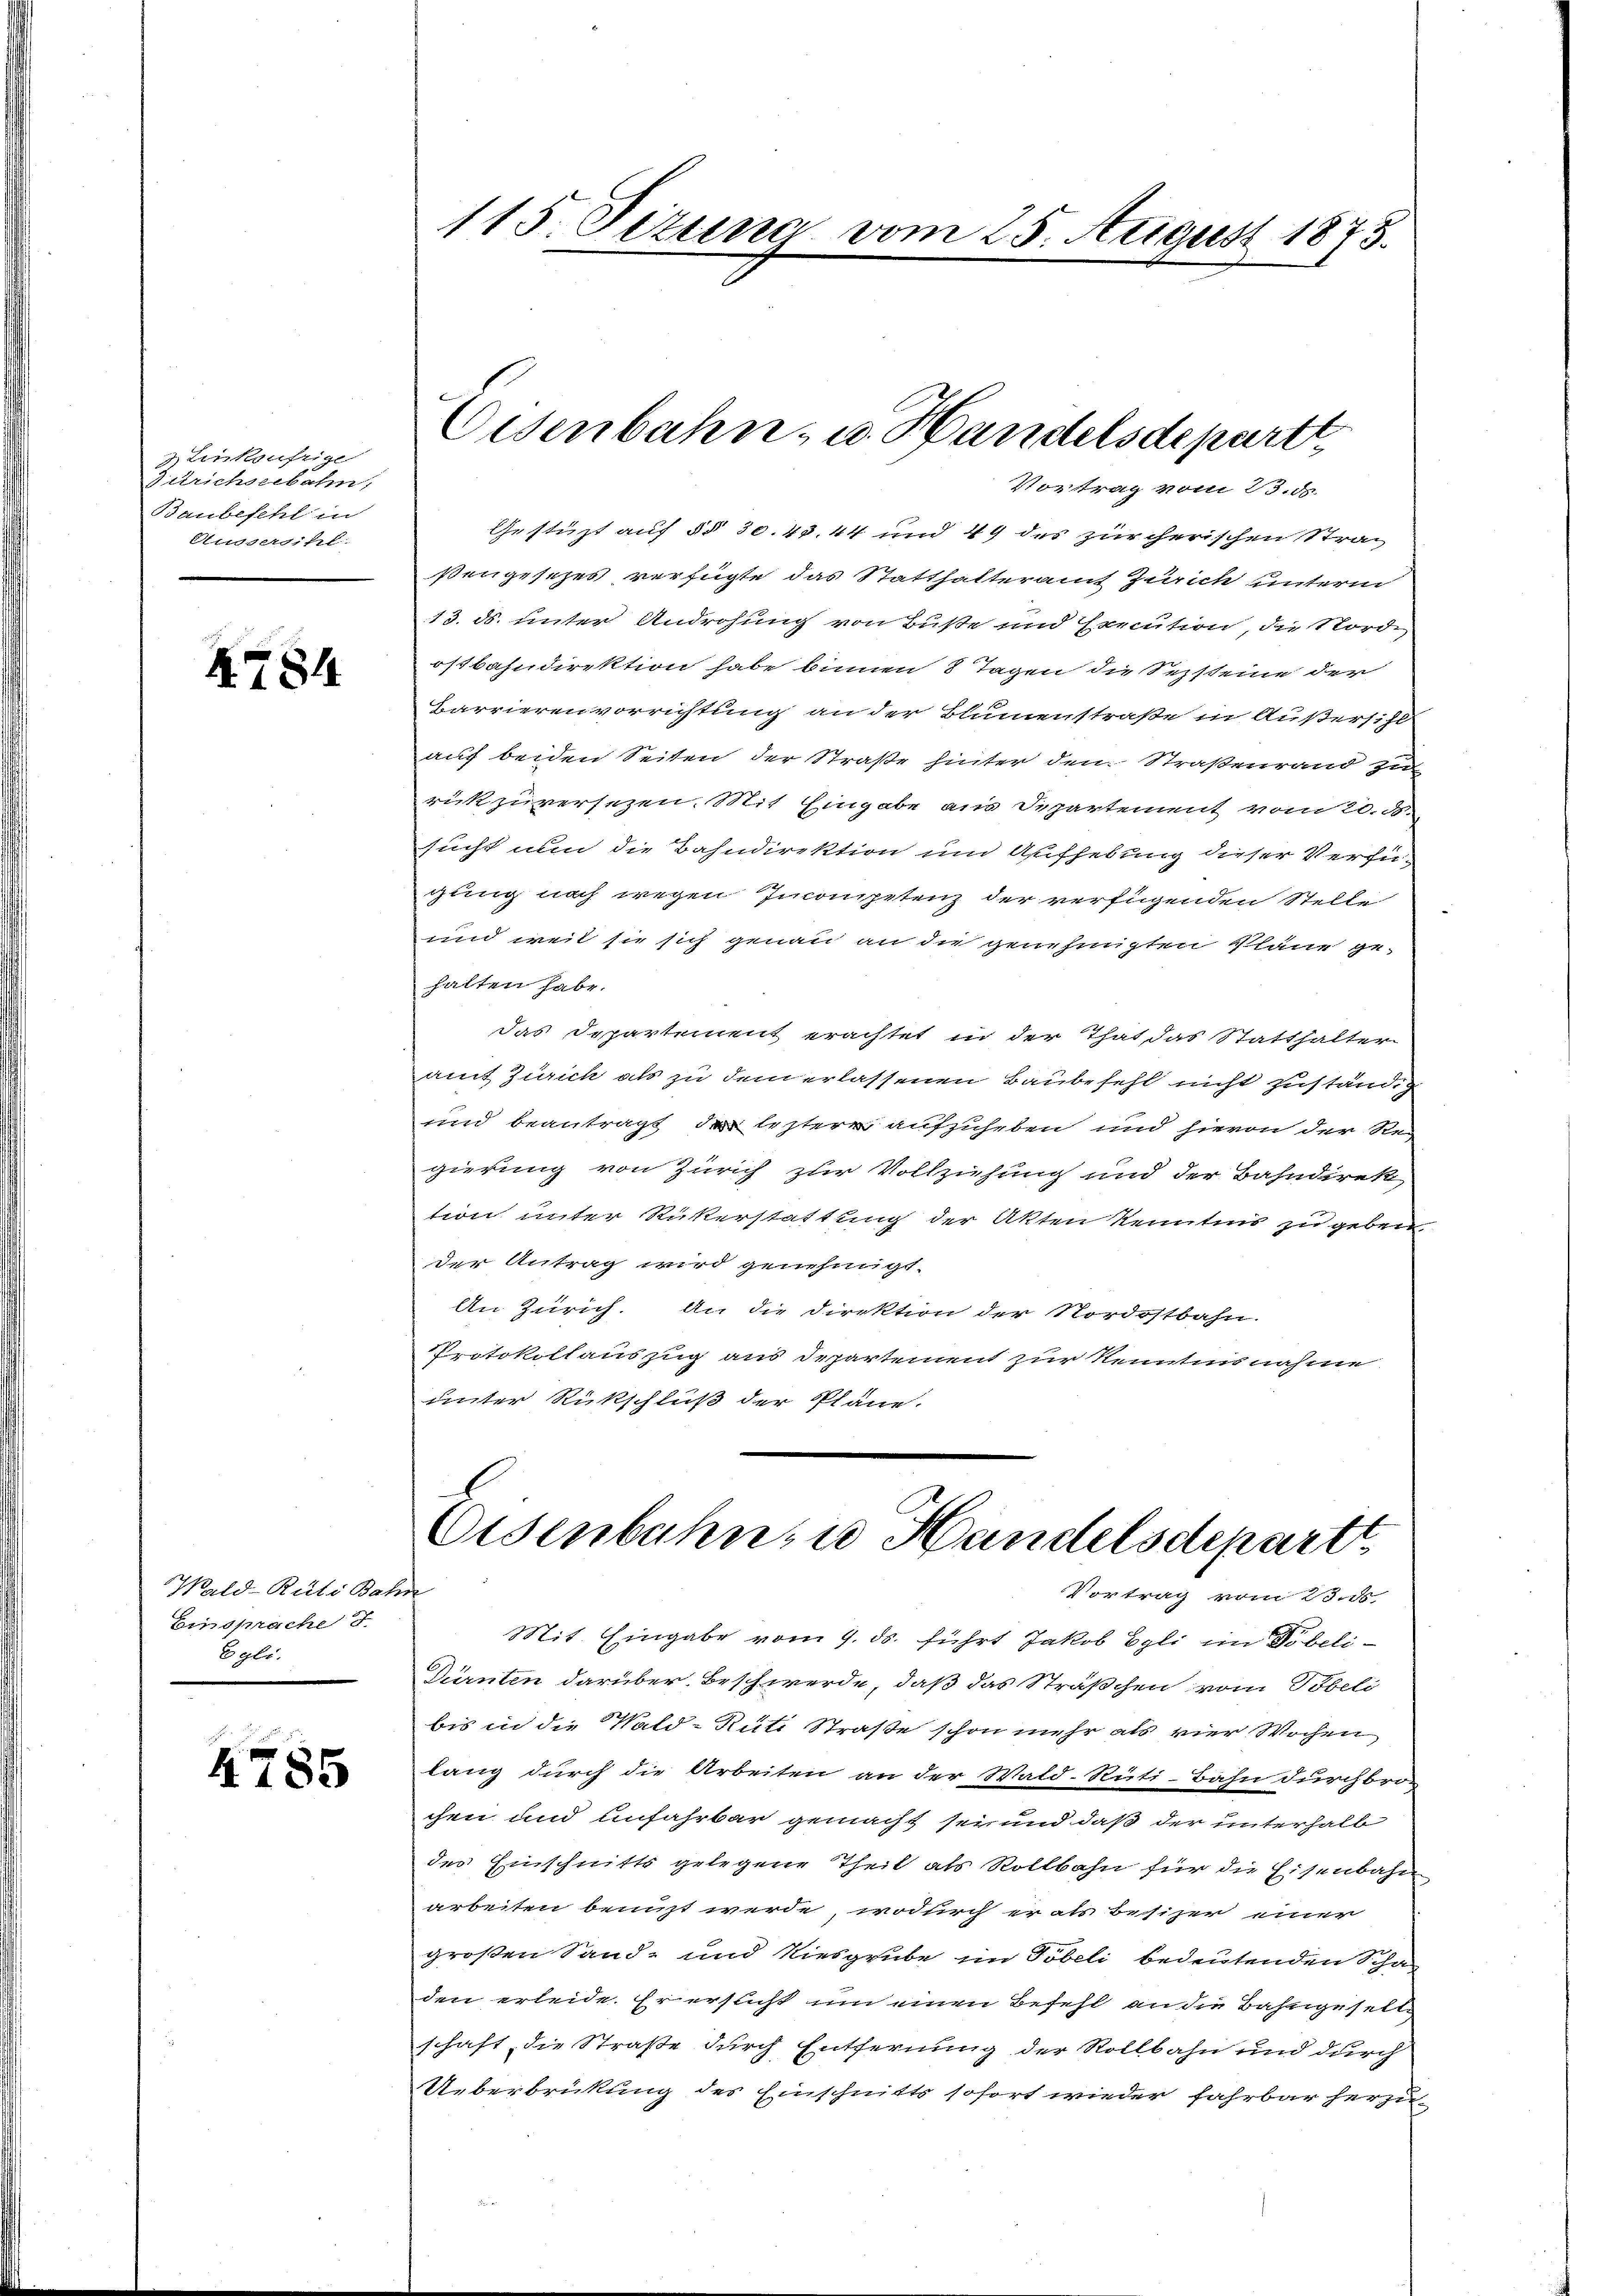
Linksufrige
Zürichseebahn,
Baubefehl in
Aussersihl.

X784

Wald-Rüti Bahn
Einsprache d
Egli.

4785

Gestüzt auf §§ 30. 43. 44 und 49 des zürcherischen Strasengesetzes verfügte das Statthalteramt Zürich unterm
13. ds. unter Androhung von Buße und Execution, die Nord-
ostbahndirektion habe binnen 8 Tagen die Sezsteine der
Carrierenvorrichtung an der Blumenstraße in Außersihl
auf beiden Seiten der Straße hinter den Straßenrand zu
rückzuversezen. Mit Eingabe aus Departement vom 20. d.
sucht nun die Bahndirektion um Aufhebung dieser Verfügung noch wegen Incompetenz der verfügenden Stelle
und weit sie sich genau an die genehmigten Pläne gehalten habe.
das Departement erachtet in der That das Statthalter
amt Zürich als zu dem erlassenen Baubefehl nicht zuständig
und beantragt, der leztere aufzuheben und hievon der Re-
gierung von Zürich zur Vollziehung und der Bahndirek
tion unter Rükerstattung der Akten Kenntnis zu geben.
der Antrag wird genehmigt.
An Zürich. An die Direktion der Nordostbahn-
Protokollauszug aus Departement zur Kenntnisnahme
unter Rückschluß der Pläne.

115. Sizung vom 25. August 1873.

Eisenbahn- u. Handelsdepartt
Vortrag vom 23. ds.

h
Eisenbahn u Handelsdepart
Vortrag vom 23. ds.

Mit. Eingabe vom 9. ds. führt Jakob Egli im Wir beli¬
Dürnten darüber Beschwerde, daß das Sträßchen vom Töbeli
bis in die Wald-Rüti Straße schon mehr als vier Wochen
lang durch die Arbeiten an der Wald. Rüti-Bahn durchbro-
chen und unfahrbar gemacht sei und daß der unterhalb
des Einschnitts gelegene Theil als Rollbahn für die Eisenbahn
arbeiten benuzt werde, wodurch er als besizer einer
großen Sand- und Niesgrube im Töbeli bedeutenden Schaden erleide. Er ersicht um einen Befehl an die Bahngeselle
schaft die Straße durch Entfernung der Rollbahn und durch
Ueberbrückung des Einschnitts sofort wieder fahrbar herzu¬
u